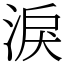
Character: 淚